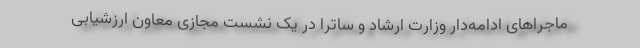
ماجراهای ادامه‌دار وزارت ارشاد و ساترا در یک نشست مجازی معاون ارزشیابی